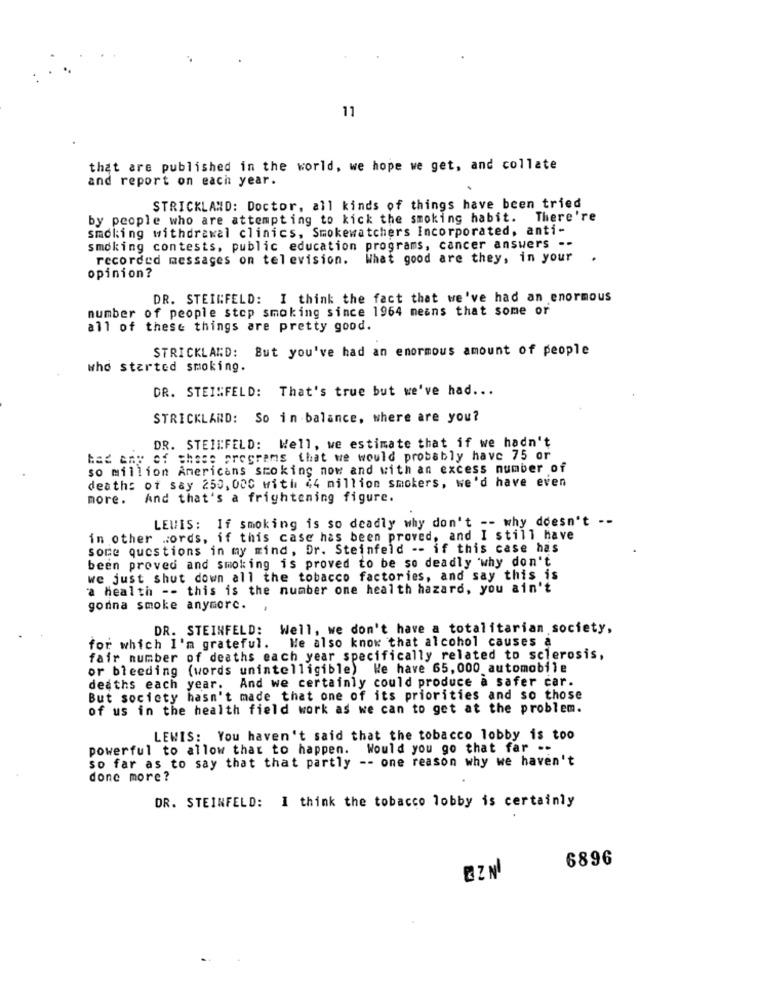
11
that are published in the world, we hope we get, and collate
and report on each year.
STRICKLAND: Doctor, all kinds of things have been tried
by people who are attempting to kick the smoking habit. There're
smoking withdrawal clinics, Smokewatchers Incorporated, anti-
smoking contests, public education programs, cancer answers --
recorded messages on television. What good are they, in your
.
opinion?
DR. STEINFELD: I think the fact that we've had an enormous
number of people stop smoking since 1964 means that some or
all of these things are pretty good.
STRICKLAND: But you've had an enormous amount of people
who started smoking.
DR. STEINFELD: That's true but we've had ...
STRICKLAND: So in balance, where are you?
DR. STEILFELD: Well, we estimate that if we hadn't
bad any of these programs that we would probably have 75 or
so million Americans smoking now and with an excess number of
deaths of say 250, 000 with 44 million smokers, we'd have even
more.
And that's a frightening figure.
If smoking is so deadly why don't -- why doesn't -
LEWIS:
in other words, if this case has been proved, and I still have
some questions in my mind, Dr. Steinfeld -- if this case has
been proved and smoking is proved to be so deadly why don't
we just shut down all the tobacco factories, and say this is
a health -- this is the number one health hazard, you ain't
gonna smoke anymorc.
DR. STEINFELD:
Well, we don't have a totalitarian society,
for which I'm grateful. We also know that alcohol causes a
fair number of deaths each year specifically related to sclerosis,
or bleeding (words unintelligible) We have 65,000 automobile
deaths each year. And we certainly could produce a safer car.
But society hasn't made that one of its priorities and so those
of us in the health field work as we can to get at the problem.
LEWIS: You haven't said that the tobacco lobby is too
powerful to allow that to happen. Would you go that far --
so far as to say that that partly -- one reason why we haven't
done more?
DR. STEINFELD: I think the tobacco lobby is certainly
6896